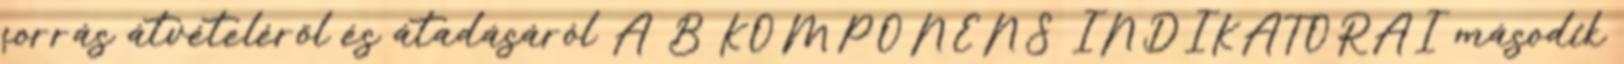
forrás átvételéről és átadásáról A B KOMPONENS INDIKÁTORAI második